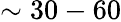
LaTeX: \sim 30-60